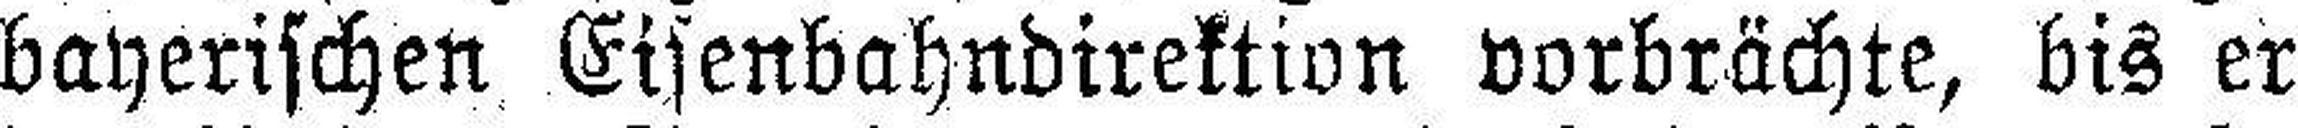
bayerischen Eisenbahndirektion vorbrächte, bis er